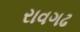
રાવગઢ